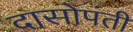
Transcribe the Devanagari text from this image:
दासोपंती